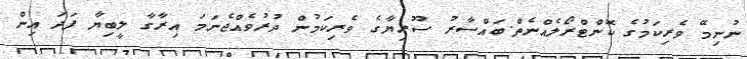
ނުނިމޭ ވެރިކަމުގެ ކޮންޓްރޯލެއްނެތް.ބައްސާރު ސޫރިޔާގެ ވެރިކަމުން ދުރުވެއްޖެނަމަ އިރާގާ ލީބިޔާ ފަދަ އިން